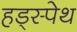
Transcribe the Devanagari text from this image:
हड्स्पेथ